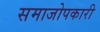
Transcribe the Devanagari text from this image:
समाजोपकारी